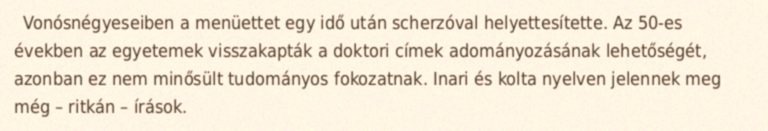
Vonósnégyeseiben a menüettet egy idő után scherzóval helyettesítette. Az 50-es években az egyetemek visszakapták a doktori címek adományozásának lehetőségét, azonban ez nem minősült tudományos fokozatnak. Inari és kolta nyelven jelennek meg még – ritkán – írások.